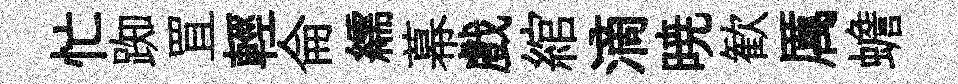
忙踟罝輕侖繻幕戲綰滴暁歓厲蟾